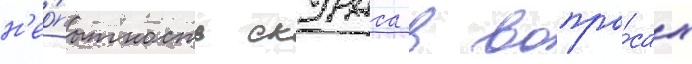
н'ео́пытность скураса в вопро́сах